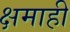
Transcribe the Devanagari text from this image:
क्षमाही